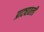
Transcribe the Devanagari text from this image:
प्राट्यातली